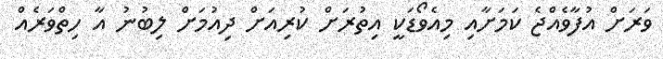
ވަރަށް އުފާވެއްޖެ ކަމަށާއި މިއެވޯޑަކީ އިތުރަށް ކުރިއަށް ދިއުމަށް ލިބުނު އާ ހިތްވަރެއް